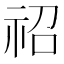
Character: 祒